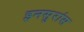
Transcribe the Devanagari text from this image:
इनसुरांस